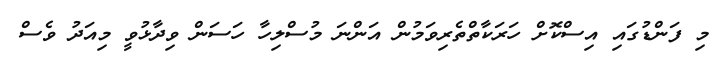
މި ފަންޑުގައި އިސްކޮށް ހަަރަކާތްތެރިވަމުން އަންނަ މުސްލިހާ ހަސަން ވިދާޅުވީ މިއަދު ވެސް